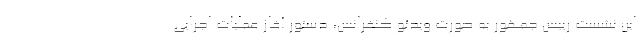
این نشست رییس جمهور به صورت ویدئو کنفرانس، دستور آغاز عملیات اجرایی